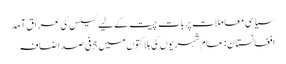
سیاسی معاملات پربات چیت کےلیے گیٹس کی عراق آمد
افغانستان:عام شہریوں کی ہلاکتوں میں 5فی صد اضافہ